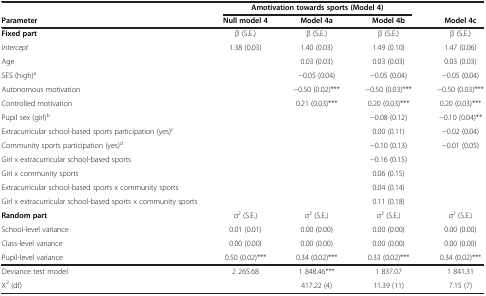
<table><thead><tr><td><b> </b></td><td colspan="3"><b>Amotivation towards sports (Model 4)</b></td><td><b> </b></td></tr><tr><td><b>Parameter</b></td><td><b>Null model 4</b></td><td><b>Model 4a</b></td><td><b>Model 4b</b></td><td><b>Model 4c</b></td></tr></thead><tbody><tr><td><b>Fixed part</b></td><td>β (S.E.)</td><td>β (S.E.)</td><td>β (S.E.)</td><td>β (S.E.)</td></tr><tr><td><i>Intercept</i></td><td>1.38 (0.03)</td><td>1.40 (0.03)</td><td>1.49 (0.10)</td><td>1.47 (0.06)</td></tr><tr><td>Age</td><td> </td><td>0.03 (0.03)</td><td>0.03 (0.03)</td><td>0.03 (0.03)</td></tr><tr><td>SES (high)<sup>a</sup></td><td> </td><td>−0.05 (0.04)</td><td>−0.05 (0.04)</td><td>−0.05 (0.04)</td></tr><tr><td>Autonomous motivation</td><td> </td><td>−0.50 (0.02)***</td><td>−0.50 (0.03)***</td><td>−0.50 (0.03)***</td></tr><tr><td>Controlled motivation</td><td> </td><td>0.21 (0.03)***</td><td>0.20 (0.03)***</td><td>0.20 (0.03)***</td></tr><tr><td>Pupil sex (girl)<sup>b</sup></td><td> </td><td> </td><td>−0.08 (0.12)</td><td>−0.10 (0.04)**</td></tr><tr><td>Extracurricular school-based sports participation (yes)<sup>c</sup></td><td> </td><td> </td><td>0.00 (0.11)</td><td>−0.02 (0.04)</td></tr><tr><td>Community sports participation (yes)<sup>d</sup></td><td> </td><td> </td><td>−0.10 (0.13)</td><td>−0.01 (0.05)</td></tr><tr><td>Girl x extracurricular school-based sports</td><td> </td><td> </td><td>−0.16 (0.15)</td><td> </td></tr><tr><td>Girl x community sports</td><td> </td><td> </td><td>0.06 (0.15)</td><td> </td></tr><tr><td>Extracurricular school-based sports x community sports</td><td> </td><td> </td><td>0.04 (0.14)</td><td> </td></tr><tr><td>Girl x extracurricular school-based sports x community sports</td><td> </td><td> </td><td>0.11 (0.18)</td><td> </td></tr><tr><td><b>Random part</b></td><td>σ<sup>2</sup> (S.E.)</td><td>σ<sup>2</sup> (S.E.)</td><td>σ<sup>2</sup> (S.E.)</td><td>σ<sup>2</sup> (S.E.)</td></tr><tr><td>School-level variance</td><td>0.01 (0.01)</td><td>0.00 (0.00)</td><td>0.00 (0.00)</td><td>0.00 (0.00)</td></tr><tr><td>Class-level variance</td><td>0.00 (0.00)</td><td>0.00 (0.00)</td><td>0.00 (0.00)</td><td>0.00 (0.00)</td></tr><tr><td>Pupil-level variance</td><td>0.50 (0.02)***</td><td>0.34 (0.02)***</td><td>0.33 (0.02)***</td><td>0.34 (0.02)***</td></tr><tr><td>Deviance test model</td><td>2 265.68</td><td>1 848.46***</td><td>1 837.07</td><td>1 841.31</td></tr><tr><td>Χ<sup>2</sup> (df)</td><td> </td><td>417.22 (4)</td><td>11.39 (11)</td><td>7.15 (7)</td></tr></tbody></table>